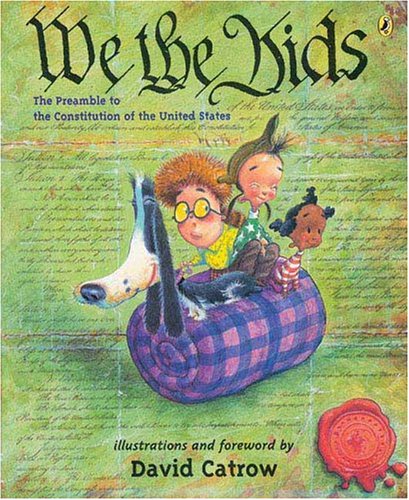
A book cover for We the Kids: The Preamble to the Constitution of the United States; David Catrow; Politics & Social Sciences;